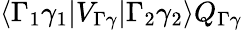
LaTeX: \langle\Gamma_{1}\gamma_{1}|V_{\Gamma\gamma}|\Gamma_{2}\gamma_{2}\rangle Q_{\Gamma\gamma}